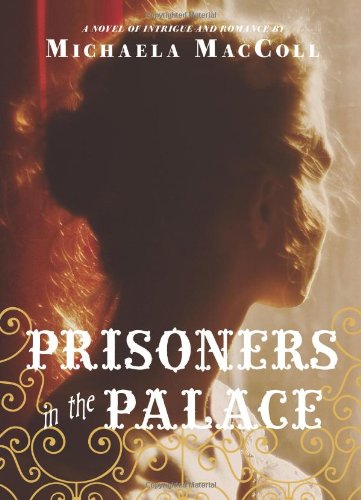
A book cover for Prisoners in the Palace: How Princess Victoria became Queen with the Help of Her Maid, a Reporter, and a Scoundrel; Michaela MacColl; Teen & Young Adult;